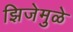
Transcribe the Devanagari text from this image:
झिजेमुळे